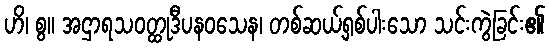
ဟိ၊ စွ။ အဌာရသဝတ္ထုဒီပနဝသေန၊ တစ်ဆယ့်ရှစ်ပါးသော သင်းကွဲခြင်း၏